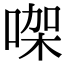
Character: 㗎